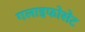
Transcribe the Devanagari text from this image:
गलाइफोसेट